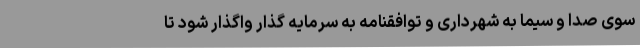
سوی صدا و سیما به شهرداری و توافقنامه به سرمایه گذار واگذار شود تا